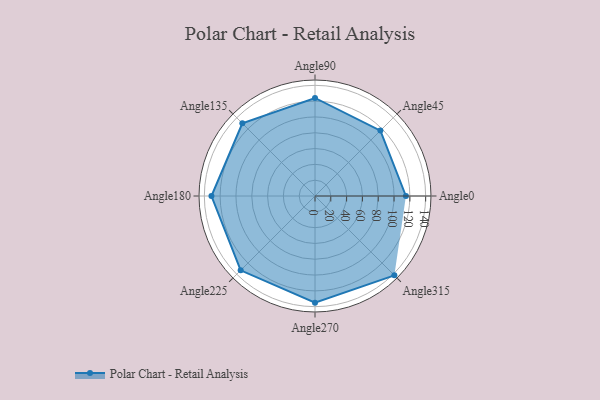
{"axis": {"x": "Angle", "y": "Radius"}, "legend": [""], "data": [{"x": "Angle0", "y": 115.0, "type": ""}, {"x": "Angle45", "y": 117.0, "type": ""}, {"x": "Angle90", "y": 124.0, "type": ""}, {"x": "Angle135", "y": 130.0, "type": ""}, {"x": "Angle180", "y": 131.0, "type": ""}, {"x": "Angle225", "y": 133.0, "type": ""}, {"x": "Angle270", "y": 135.0, "type": ""}, {"x": "Angle315", "y": 142.0, "type": ""}]}